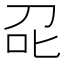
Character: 𭇌